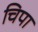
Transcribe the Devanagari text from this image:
चिपा